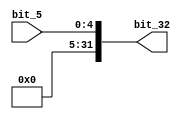
module extend5to32(bit_32 ,bit_5);

input [4:0] bit_5;
output [31:0] bit_32;

buf(bit_32[0],  bit_5[0]);
buf(bit_32[1],  bit_5[1]);
buf(bit_32[2],  bit_5[2]);
buf(bit_32[3],  bit_5[3]);
buf(bit_32[4],  bit_5[4]);
buf(bit_32[5],  1'b0);
buf(bit_32[6],  1'b0);
buf(bit_32[7],  1'b0);
buf(bit_32[8],  1'b0);
buf(bit_32[9],  1'b0);
buf(bit_32[10], 1'b0);
buf(bit_32[11], 1'b0);
buf(bit_32[12], 1'b0);
buf(bit_32[13], 1'b0);
buf(bit_32[14], 1'b0);
buf(bit_32[15], 1'b0);
buf(bit_32[16], 1'b0);
buf(bit_32[17], 1'b0);
buf(bit_32[18], 1'b0);
buf(bit_32[19], 1'b0);
buf(bit_32[20], 1'b0);
buf(bit_32[21], 1'b0);
buf(bit_32[22], 1'b0);
buf(bit_32[23], 1'b0);
buf(bit_32[24], 1'b0);
buf(bit_32[25], 1'b0);
buf(bit_32[26], 1'b0);
buf(bit_32[27], 1'b0);
buf(bit_32[28], 1'b0);
buf(bit_32[29], 1'b0);
buf(bit_32[30], 1'b0);
buf(bit_32[31], 1'b0);

endmodule